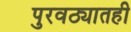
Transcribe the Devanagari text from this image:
पुरवठ्यातही